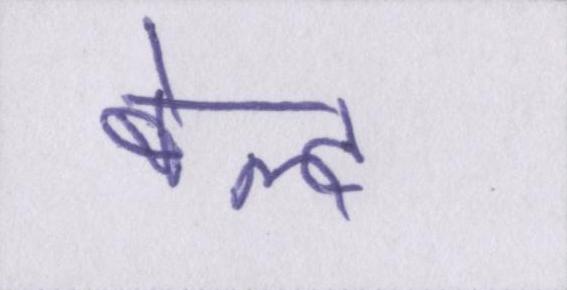
बेल्ट